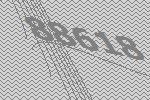
88618